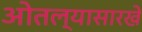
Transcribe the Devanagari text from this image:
ओतल्यासारखे